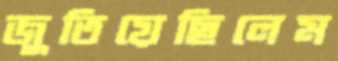
জুতিয়েছিলেম